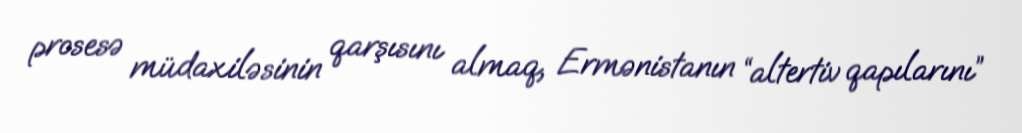
prosesə müdaxiləsinin qarşısını almaq, Ermənistanın “altertiv qapılarını”